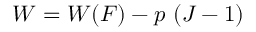
W = W ( { \boldsymbol { F } } ) - p ~ ( J - 1 )